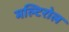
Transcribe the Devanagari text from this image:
मल्टिरोल